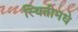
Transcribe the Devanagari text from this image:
स्थितीमधे